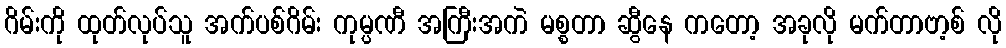
ဂိမ်းကို ထုတ်လုပ်သူ အက်ပစ်ဂိမ်း ကုမ္ပဏီ အကြီးအကဲ မစ္စတာ ဆွီနေ ကတော့ အခုလို မက်တာဗာ့စ် လို